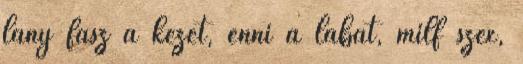
lány fasz a kezét, enni a lábát, milf szex,